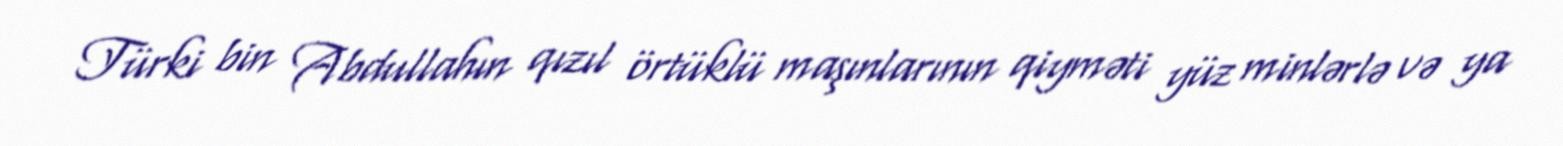
Türki bin Abdullahın qızıl örtüklü maşınlarının qiyməti yüz minlərlə və ya